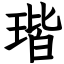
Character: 瑎